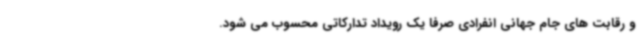
و رقابت های جام جهانی انفرادی صرفا یک رویداد تدارکاتی محسوب می شود.